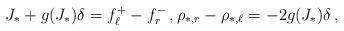
LaTeX: \begin{align*}J_*+ g(J_*)\delta = f^+_\ell - f^-_r\,,\rho_{*,r}-\rho_{*,\ell}= -2g(J_*)\delta\,,\end{align*}